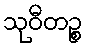
သုဝီတဉ္စ